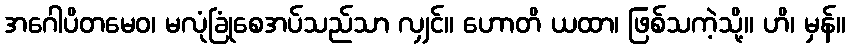
အဂေါပိတမေဝ၊ မလုံခြုံစေအပ်သည်သာ လျှင်။ ဟောတိ ယထာ၊ ဖြစ်သကဲ့သို့။ ဟိ၊ မှန်။